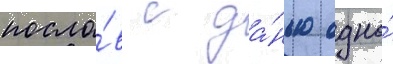
посло́в с да́нью одно́